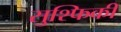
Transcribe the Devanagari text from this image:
सुश्फिकी